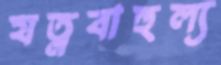
যত্নবাহুল্য